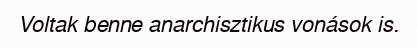
Voltak benne anarchisztikus vonások is.